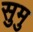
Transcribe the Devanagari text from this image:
सुमु